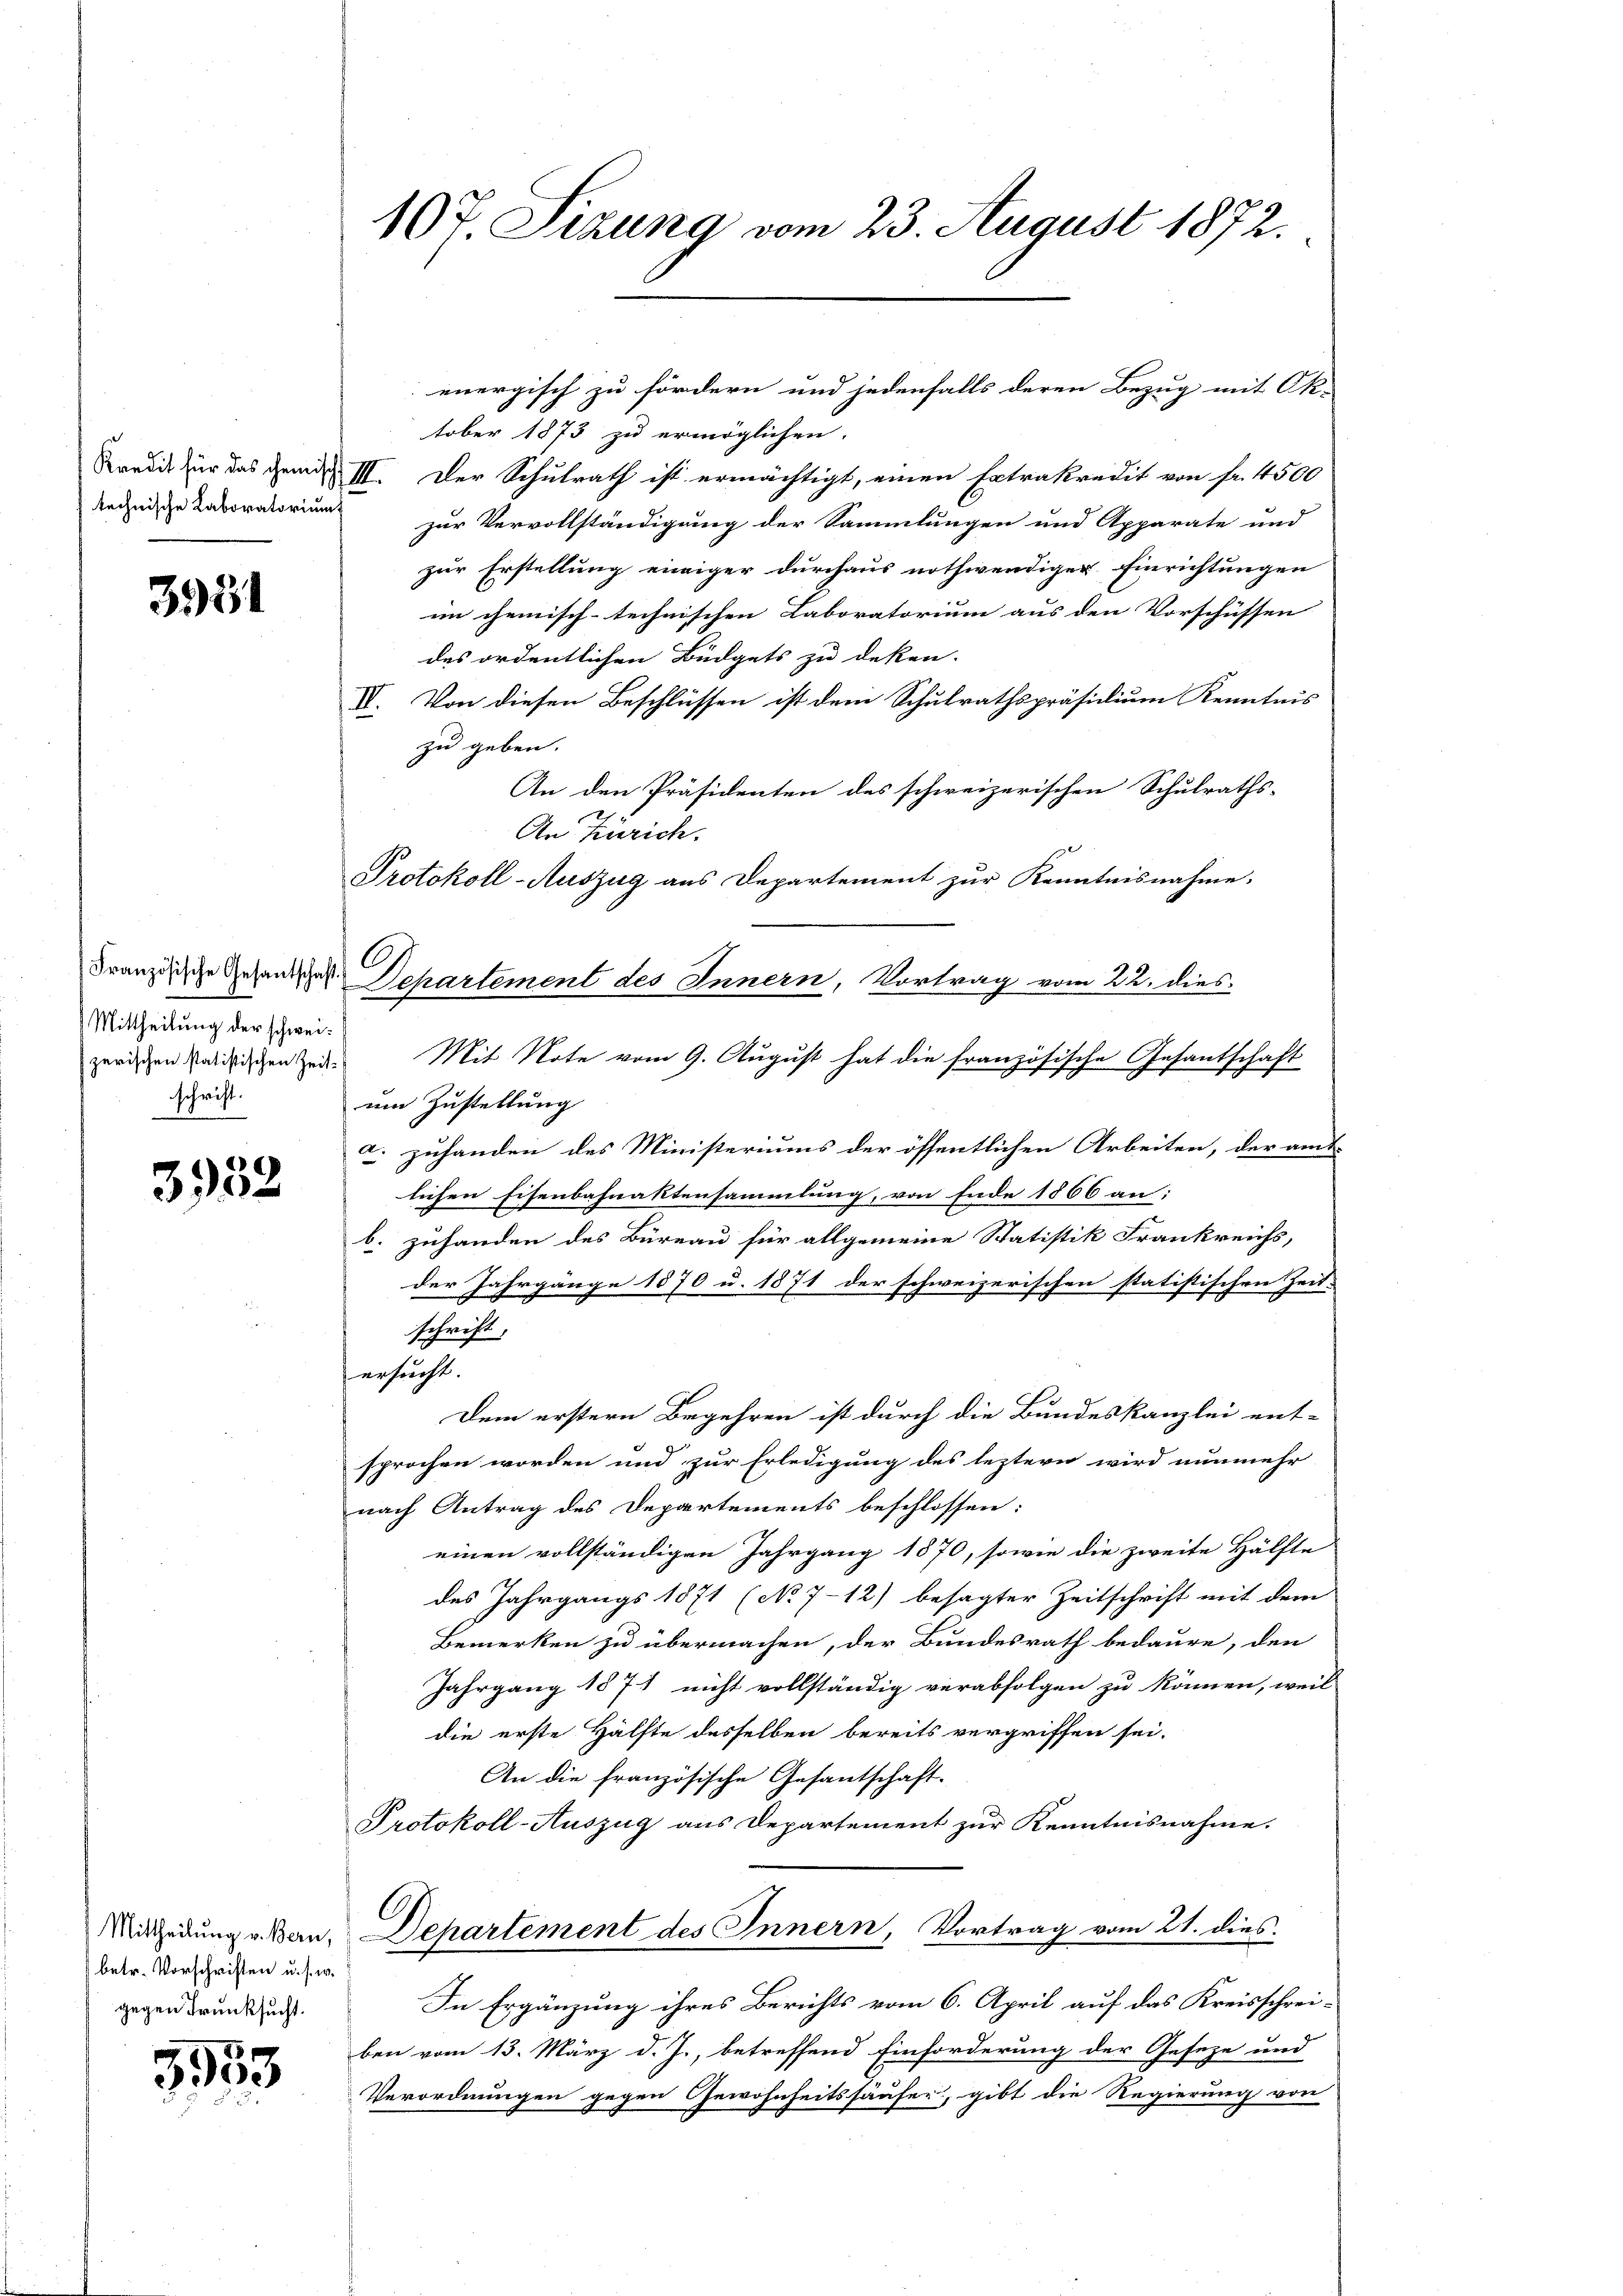
3931

Französische Gesantschaft
Mittheilung der schweizerischen statistischen Zeit-
schrift.

3952

betr. Vorschriften u. s. w.
gegen Trunksucht.

3953

107. Sizung vom 23. August 1872.

Protokoll-Auszug aus Departement zur Kenntnisnahme.
6.
Departement des Innern, Vortrag vom 22. dies

energisch zu fördern und jedenfalls deren Bezug mit Ok-
tober 1873 zu ermöglichen.
Kredit für das gemit III. Der Schulrath ist ermächtigt, einen Extrakredit von fr. 4500
Reinige Laboratorium zur Vervollständigung der Sammlungen und Apparate und
zur Erstellung einiger durchaus nothwendiger Einrichtungen
im chemisch-technischen Laboratorium aus den Vorschüssen
des ordentlichen Büdgets zu deken.
V. Von diesen Beschlüssen ist den Schulrathspräsidium Kenntnis
zu geben.
An den Präsidenten des schweizerischen Schulraths-
An Zürich.
Mit Note vom 9. August hat die französische Gesantschaft
um Zustellung
a. zuhanden des Ministeriums der öffentlichen Arbeiten, der amt-
lichen Eisenbahnaktensammlung, von Ende 1866 an:
b. zuhanden des Büreau für allgemeine Statistik Frankreichs,
der Jahrgänge 1870 u. 1871 der schweizerischen statistischen Zeit-
schrift.
ersucht.
Dem erstern Begehren ist durch die Bundeskanzlei ent-
sprochen worden und zur Erledigung des leztern wird nunmehr
nach Antrag des Departements beschlossen:
einen vollständigen Jahrgang 1870, sowie die zweite Hälfte
des Jahrgangs 1871 (No 7-12) besagter Zeitschrift mit dem
Bemerken zu übermachen, der Bundesrath bedaure, den
Jahrgang 1871 nicht vollständig verabfolgen zu können, weil
die erste Hälfte desselben bereits vergriffen sei.
An die französische Gesantschaft.
Protokoll-Auszug aus Departement zur Kenntnisnahme.
Micherung v. Ban. Departement des Innern, Vortrag vom 21. dies
In Ergänzung ihres Berichts vom 6. April auf das Kreisschrei-
ben vom 13. März d. J., betreffend Einforderung der Geseze und
Verordnungen gegen Gewohnheitshäufer, gibt die Regierung von